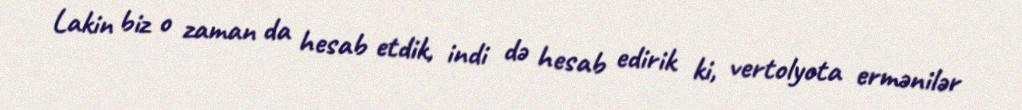
Lakin biz o zaman da hesab etdik, indi də hesab edirik ki, vertolyota ermənilər